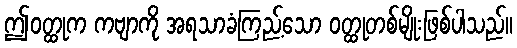
ဤဝတ္ထုက ကဗျာကို အရသာခံကြည့်သော ဝတ္ထုတစ်မျိုးဖြစ်ပါသည်။